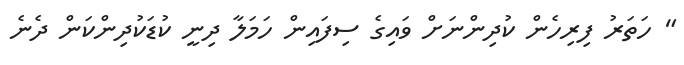
" ހަތަރު ފިރިހެން ކުދިންނަށް ވައިގެ ސިފައިން ހަމަލާ ދިނީ ކުޑަކުދިންކަން ދެނެ